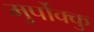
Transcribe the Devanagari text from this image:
मुर्पोक्कु